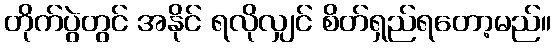
တိုက်ပွဲတွင် အနိုင် ရလိုလျှင် စိတ်ရှည်ရတော့မည်။